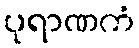
ပုရာဏကံ